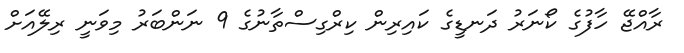
ރާއްޖޭ ހާފުގެ ކޯނަރު ދަނޑީގެ ކައިރިން ކިރްގިސްތާނުގެ 9 ނަންބަރު މިވަނީ ރިލޭއަށް